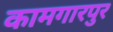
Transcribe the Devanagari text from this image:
कामगारपुर